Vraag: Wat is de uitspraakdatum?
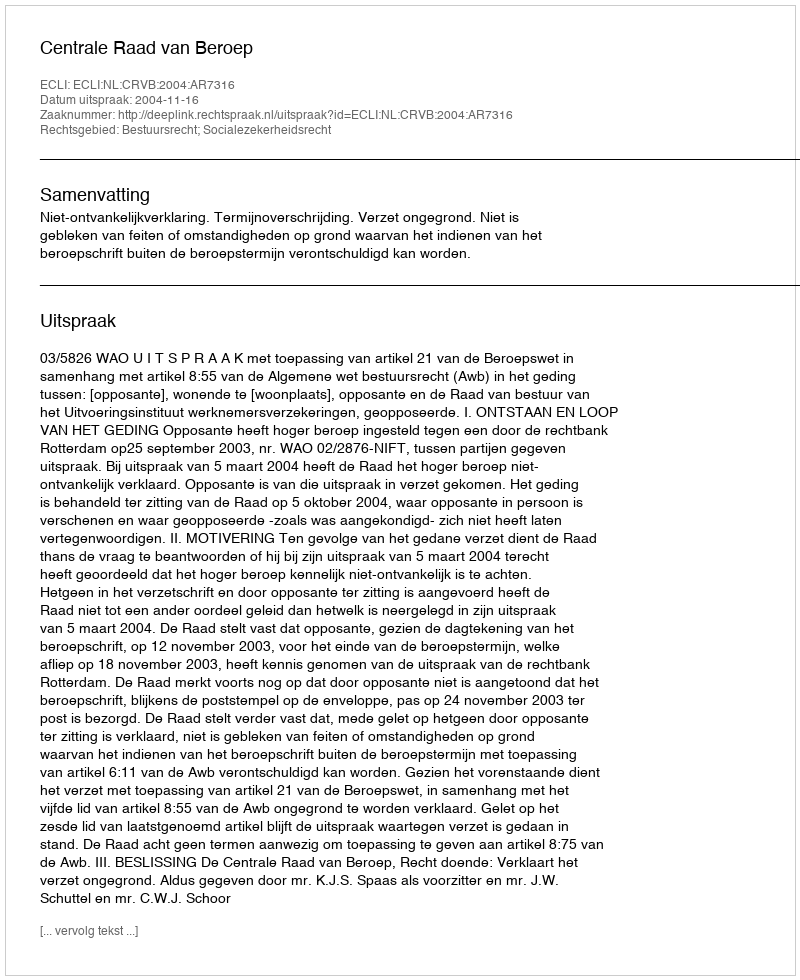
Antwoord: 2004-11-16